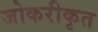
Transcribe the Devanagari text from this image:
जोकरीकृत